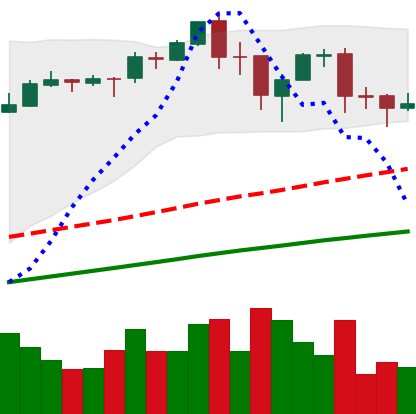
Ticker: BTC-USD
Chart end date: 2017-09-11
Forward return: -12.886%
Label: down_7plus